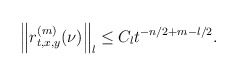
\begin{align*}\left\|r^{(m)}_{t,x,y}(\nu)\right\|_l\le C_lt^{-n/2+m-l/2}.\end{align*}